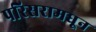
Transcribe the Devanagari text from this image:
परिसरामधून